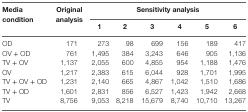
<table><thead><tr><td rowspan="2"><b>Media condition</b></td><td rowspan="2"><b>Original analysis</b></td><td colspan="6"><b>Sensitivity analysis</b></td></tr><tr><td><b>1</b></td><td><b>2</b></td><td><b>3</b></td><td><b>4</b></td><td><b>5</b></td><td><b>6</b></td></tr></thead><tbody><tr><td>OD</td><td>171</td><td>273</td><td>98</td><td>699</td><td>156</td><td>189</td><td>417</td></tr><tr><td>OV + OD</td><td>761</td><td>1,495</td><td>384</td><td>3,243</td><td>646</td><td>905</td><td>1,136</td></tr><tr><td>TV + OV</td><td>1,137</td><td>2,055</td><td>600</td><td>4,855</td><td>954</td><td>1,188</td><td>1,476</td></tr><tr><td>OV</td><td>1,217</td><td>2,383</td><td>615</td><td>6,044</td><td>928</td><td>1,701</td><td>1,995</td></tr><tr><td>TV + OV + OD</td><td>1,231</td><td>2,140</td><td>665</td><td>4,867</td><td>1,042</td><td>1,510</td><td>1,686</td></tr><tr><td>TV + OD</td><td>1,601</td><td>2,831</td><td>856</td><td>6,527</td><td>1,423</td><td>1,942</td><td>2,668</td></tr><tr><td>TV</td><td>8,756</td><td>9,053</td><td>8,218</td><td>15,679</td><td>8,740</td><td>10,710</td><td>13,267</td></tr></tbody></table>